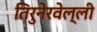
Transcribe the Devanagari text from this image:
तिरुनेरवेल्ली